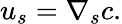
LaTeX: u_{s}=\nabla_{s}c.